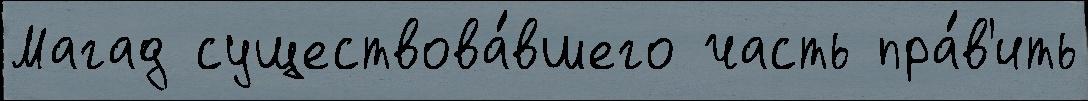
Магад существова́вшего часть пра́в'ить